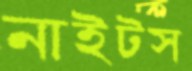
নাইটস